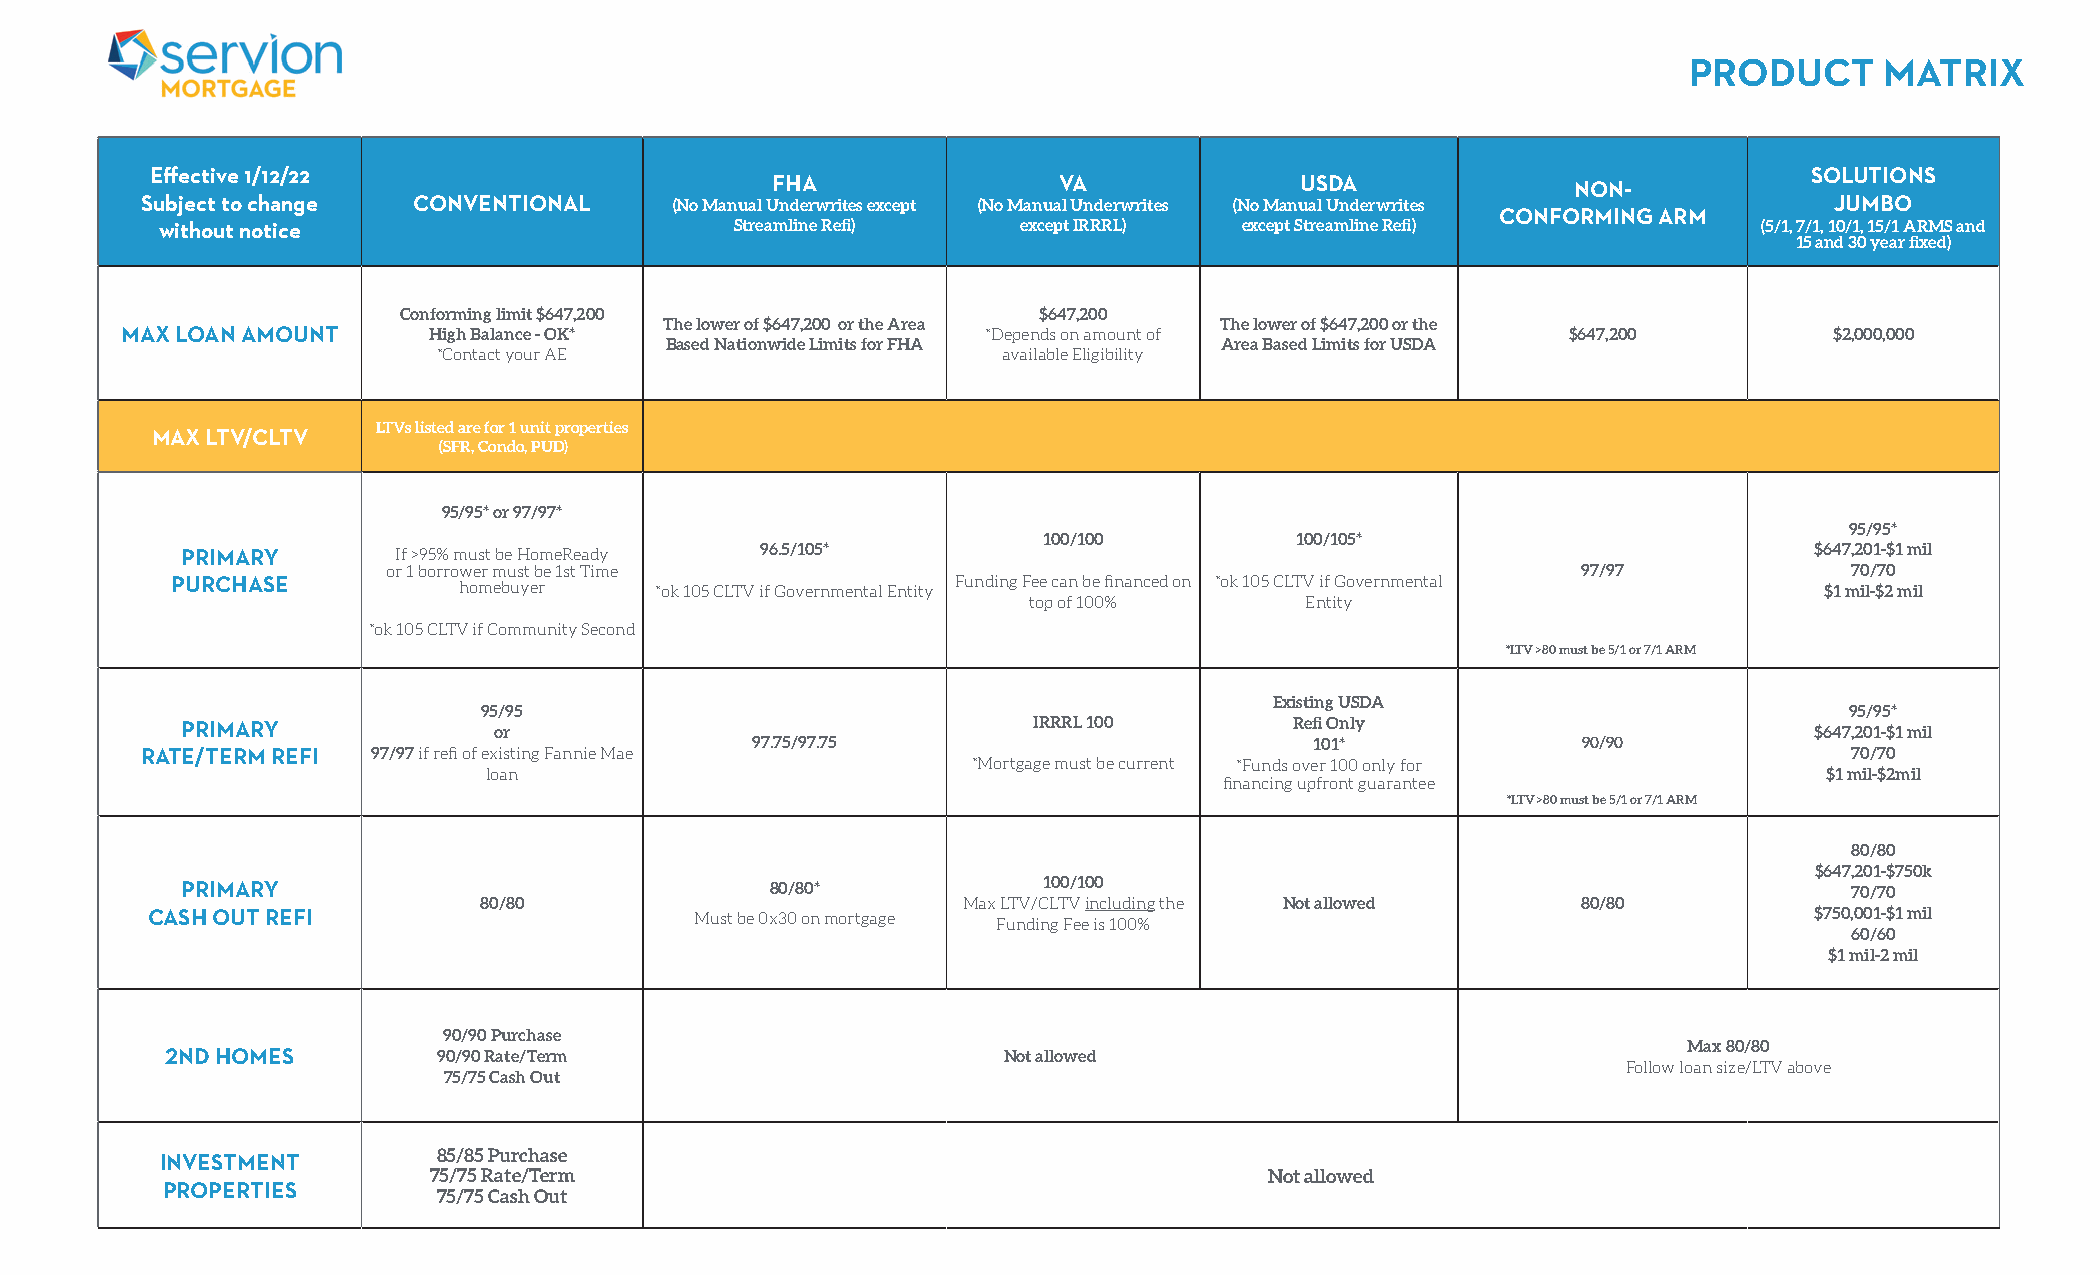
PRODUCT      MATRIX
 Effective 1/12/22                                                                                             SOLUTIONS
 FHA                VA              USDA              NON-
 Subject to change CONVENTIONAL      (No Manual Underwrites except (No Manual Underwrites (No Manual Underwrites JUMBO
 CONFORMING ARM
 without notice                        Streamline Refi)   except IRRRL) except Streamline Refi)            (5/1, 7/1, 10/1, 15/1 ARMS and
 15 and 30 year fixed)
 Conforming limit $647,200                  $647,200
 The lower of $647,200 or the Area    The lower of $647,200 or the
 MAX LOAN AMOUNT     High Balance - OK*                   *Depends on amount of                  $647,200         $2,000,000
 Based Nationwide Limits for FHA      Area Based Limits for USDA
 *Contact your AE                     available Eligibility
 LTVs listed are for 1 unit properties
 MAX LTV/CLTV
 (SFR, Condo, PUD)
 95/95* or 97/97*
 95/95*
 100/100          100/105*
 PRIMARY       If >95% must be HomeReady 96.5/105*                                                           $647,201-$1 mil
 or 1 borrower must be 1st Time                                                 97/97             70/70
 PURCHASE           homebuyer    *ok 105 CLTV if Governmental Entity Funding Fee can be financed on *ok 105 CLTV if Governmental $1 mil-$2 mil
 top of 100%       Entity
 *ok 105 CLTV if Community Second
 *LTV >80 must be 5/1 or 7/1 ARM
 Existing USDA
 95/95                                                                                     95/95*
 PRIMARY              or                                 IRRRL 100         Refi Only                         $647,201-$1 mil
 97.75/97.75                          101*              90/90
 RATE/TERM REFI  97/97 if refi of existing Fannie Mae                                                              70/70
 *Mortgage must be current *Funds over 100 only for
 loan                                                                                     $1 mil-$2mil
 financing upfront guarantee
 *LTV >80 must be 5/1 or 7/1 ARM
 80/80
 $647,201-$750k
 PRIMARY                                80/80*            100/100                                               70/70
 80/80                           Max LTV/CLTV including the Not allowed   80/80
 CASH OUT REFI                       Must be 0x30 on mortgage Funding Fee is 100%                              $750,001-$1 mil
 60/60
 $1 mil-2 mil
 90/90 Purchase
 Max 80/80
 2ND HOMES         90/90 Rate/Term                      Not allowed
 Follow loan size/LTV above
 75/75 Cash Out
 85/85 Purchase
 INVESTMENT
 75/75 Rate/Term                                         Not allowed
 PROPERTIES
 75/75 Cash Out